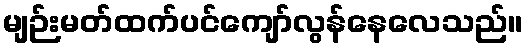
မျဉ်းမတ်ထက်ပင်ကျော်လွန်နေလေသည်။